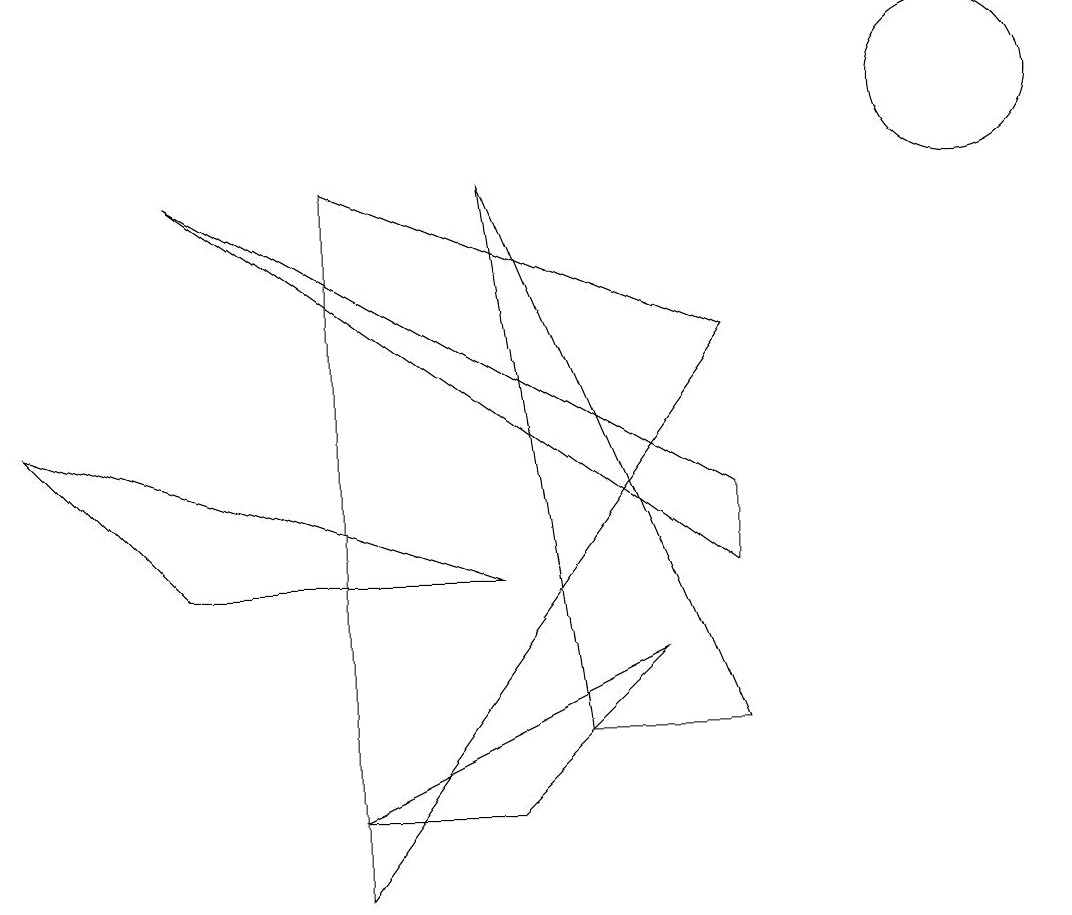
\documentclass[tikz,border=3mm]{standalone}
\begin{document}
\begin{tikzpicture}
\draw (9,5) -- (2,9) -- (9,4) -- cycle;
\draw (4,1) -- (6,1) -- (8,3) -- cycle;
\draw (4,0) -- (4,9) -- (9,7) -- cycle;
\draw (6,4) -- (0,6) -- (2,4) -- cycle;
\draw (6,9) -- (7,2) -- (9,2) -- cycle;
\draw (12,10) circle (1);
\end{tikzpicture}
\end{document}